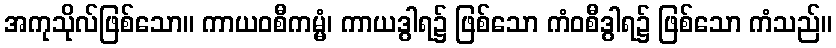
အကုသိုလ်ဖြစ်သော။ ကာယဝစီကမ္မံ၊ ကာယဒွါရ၌ ဖြစ်သော ကံဝစီဒွါရ၌ ဖြစ်သော ကံသည်။